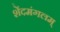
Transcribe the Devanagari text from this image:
शेंदमंगलम्